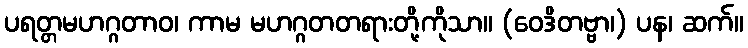
ပရတ္တမဟဂ္ဂတာဝ၊ ကာမ မဟဂ္ဂတတရားတို့ကိုသာ။ (ဝေဒိတဗ္ဗာ၊) ပန၊ ဆက်။